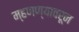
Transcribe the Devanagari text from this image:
म्हणण्यावरून